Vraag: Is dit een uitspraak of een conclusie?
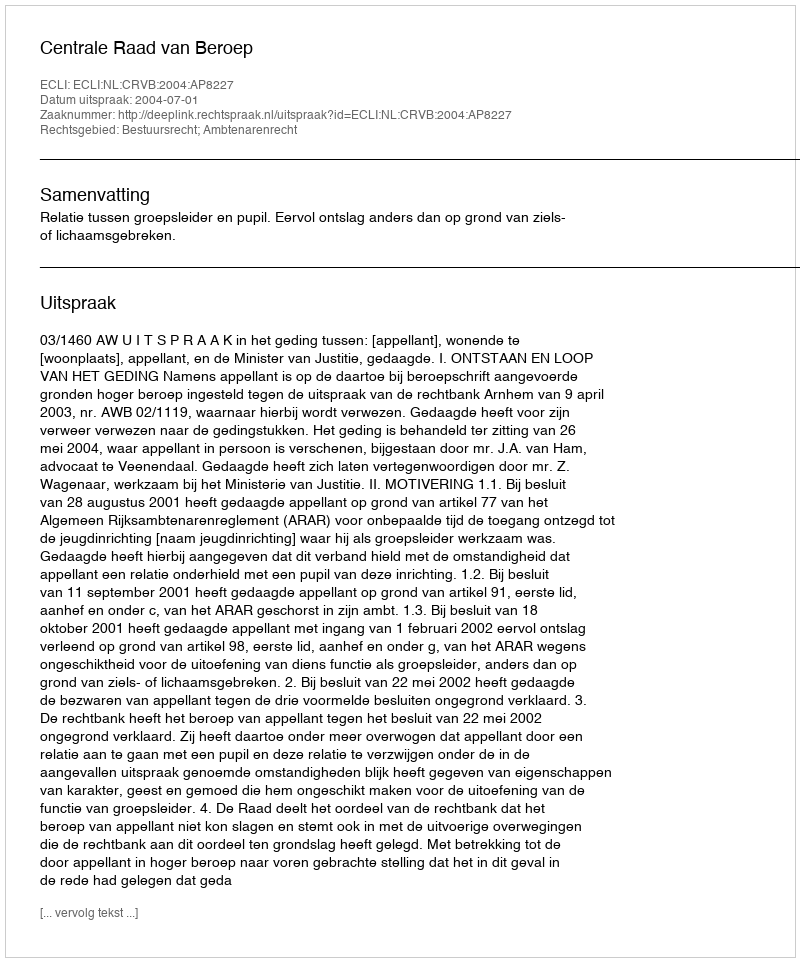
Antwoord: Uitspraak